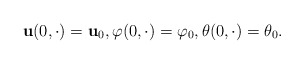
\begin{align*} {\bf u}(0, \cdot) = {\bf u}_0, \varphi(0, \cdot) = \varphi_0, \theta(0, \cdot) = \theta_0.\end{align*}